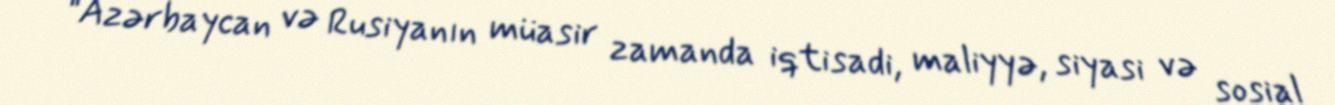
“Azərbaycan və Rusiyanın müasir zamanda iqtisadi, maliyyə, siyasi və sosial